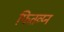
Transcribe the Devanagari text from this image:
फितव्य्न